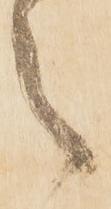
々